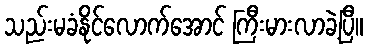
သည်းမခံနိုင်လောက်အောင် ကြီးမားလာခဲ့ပြီ။